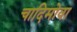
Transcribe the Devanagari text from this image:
चादिमोवा